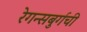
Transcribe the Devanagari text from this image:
रेगन्सबुर्गची